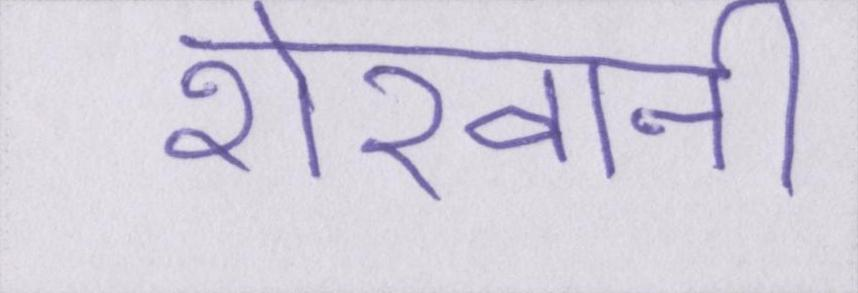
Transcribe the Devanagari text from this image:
शेरवानी